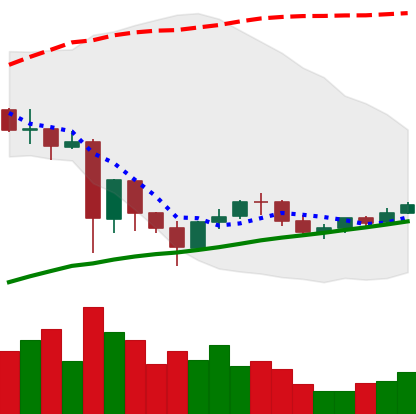
Ticker: NEO-USD
Chart end date: 2021-06-03
Forward return: -20.153%
Label: down_7plus